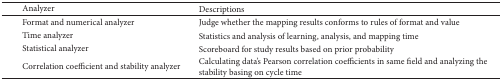
<table><thead><tr><td>[EMPTY_CELL]</td><td><b>Analyzer</b></td><td><b>Descriptions</b></td></tr></thead><tbody><tr><td>[EMPTY_CELL]</td><td>Format and numerical analyzer</td><td>Judge whether the mapping results conforms to rules of format and value</td></tr><tr><td>[EMPTY_CELL]</td><td>Time analyzer</td><td>Statistics and analysis of learning, analysis, and mapping time </td></tr><tr><td>[EMPTY_CELL]</td><td>Statistical analyzer</td><td>Scoreboard for study results based on prior probability</td></tr><tr><td>[EMPTY_CELL]</td><td>Correlation coefficient and stability analyzer</td><td>Calculating data's Pearson correlation coefficients in same field and analyzing the stability basing on cycle time</td></tr></tbody></table>